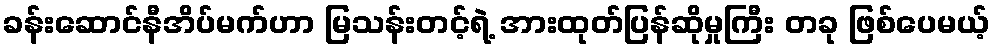
ခန်းဆောင်နီအိပ်မက်ဟာ မြသန်းတင့်ရဲ့ အားထုတ်ပြန်ဆိုမှုကြီး တခု ဖြစ်ပေမယ့်